system: You are a helpful assistant.
user:
Analyze the provided spectrum to determine if it is a **"Cataclysmic Variables (CV)"**.

- **Key Indicators for CV (Check for either state):**
    - **State 1: Quiescent / Low-State (Emission-Dominated)**
        - **(Primary):** Strong and *very broad* Hydrogen Balmer emission lines (e.g., $H\alpha$ at 6563 Å, $H\beta$ at 4861 Å). The 'broadness' (high velocity dispersion, often FWHM > 1000 km/s) is the key diagnostic, indicating a high-velocity accretion disk.
        - **(Secondary):** Broad neutral Helium (He I) emission lines (e.g., 5876 Å, 6678 Å).
        - **(Key Confirmation):** Presence of high-excitation *ionized* Helium (He II) emission at 4686 Å. This is a strong indicator of accretion onto a white dwarf.
        - **(Line Profile):** Emission lines may exhibit a 'double-peaked' profile, which is a classic signature of a rotating accretion disk viewed at high inclination.

    - **State 2: Outburst / High-State (Absorption-Dominated)**
        - **(Primary):** Spectrum is dominated by a bright, blue continuum (looks like a hot star).
        - **(Secondary):** The emission lines from State 1 are weak, absent, or 'filled in', and are replaced by broad, shallow *absorption* lines (primarily Balmer and He I).
        - **(Morphology):** The overall spectrum mimics a hot B/A-type star. The crucial difference is that the absorption lines are significantly broader, shallower, and more 'washed-out' (or 'smeared') than the sharp lines of a normal stellar photosphere, due to high rotational speeds and pressure broadening in the disk.

Think first, call **spectral_visualization_tool** if needed to examine features in detail, then provide your final answer. Your response must adhere to the following strict rules:
1.  **Overall Structure:** Your response must follow the format `<think>...</think> <tool_call>...</tool_call> (if a tool is used) <answer>...</answer>`.
2.  **Tool Usage Constraint:** You may only make **one** tool call per turn.
3.  **Final Answer Format:** In the `<answer>` tag, your conclusion must be inside a `\boxed{}` command (e.g., `\boxed{YES}`), followed by your justification.

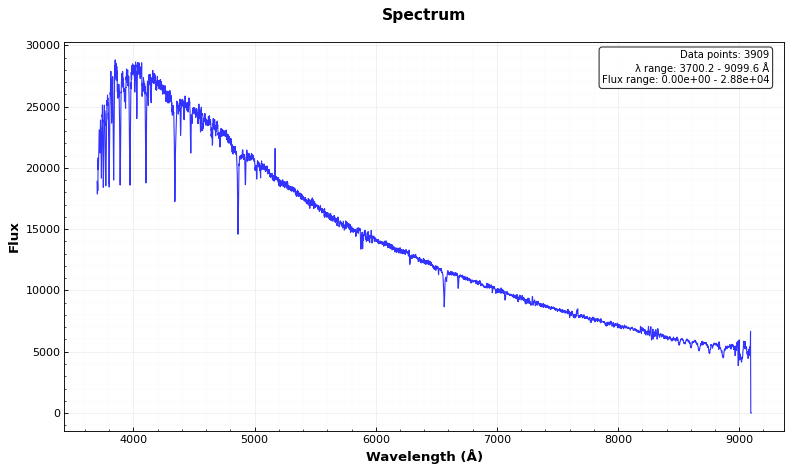
Answer: NO